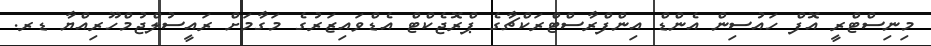
މިނިސްޓްރީ އޮފް ހައުސިން އެންޑް އިންފްރާސްޓްރަކްޗާގެ ޕްރޮޖެކްޓް އެޑްވައިޒަރުގެ މަގާމަށް ރައީސުލްޖުމްހޫރިއްޔާ ޑރ.